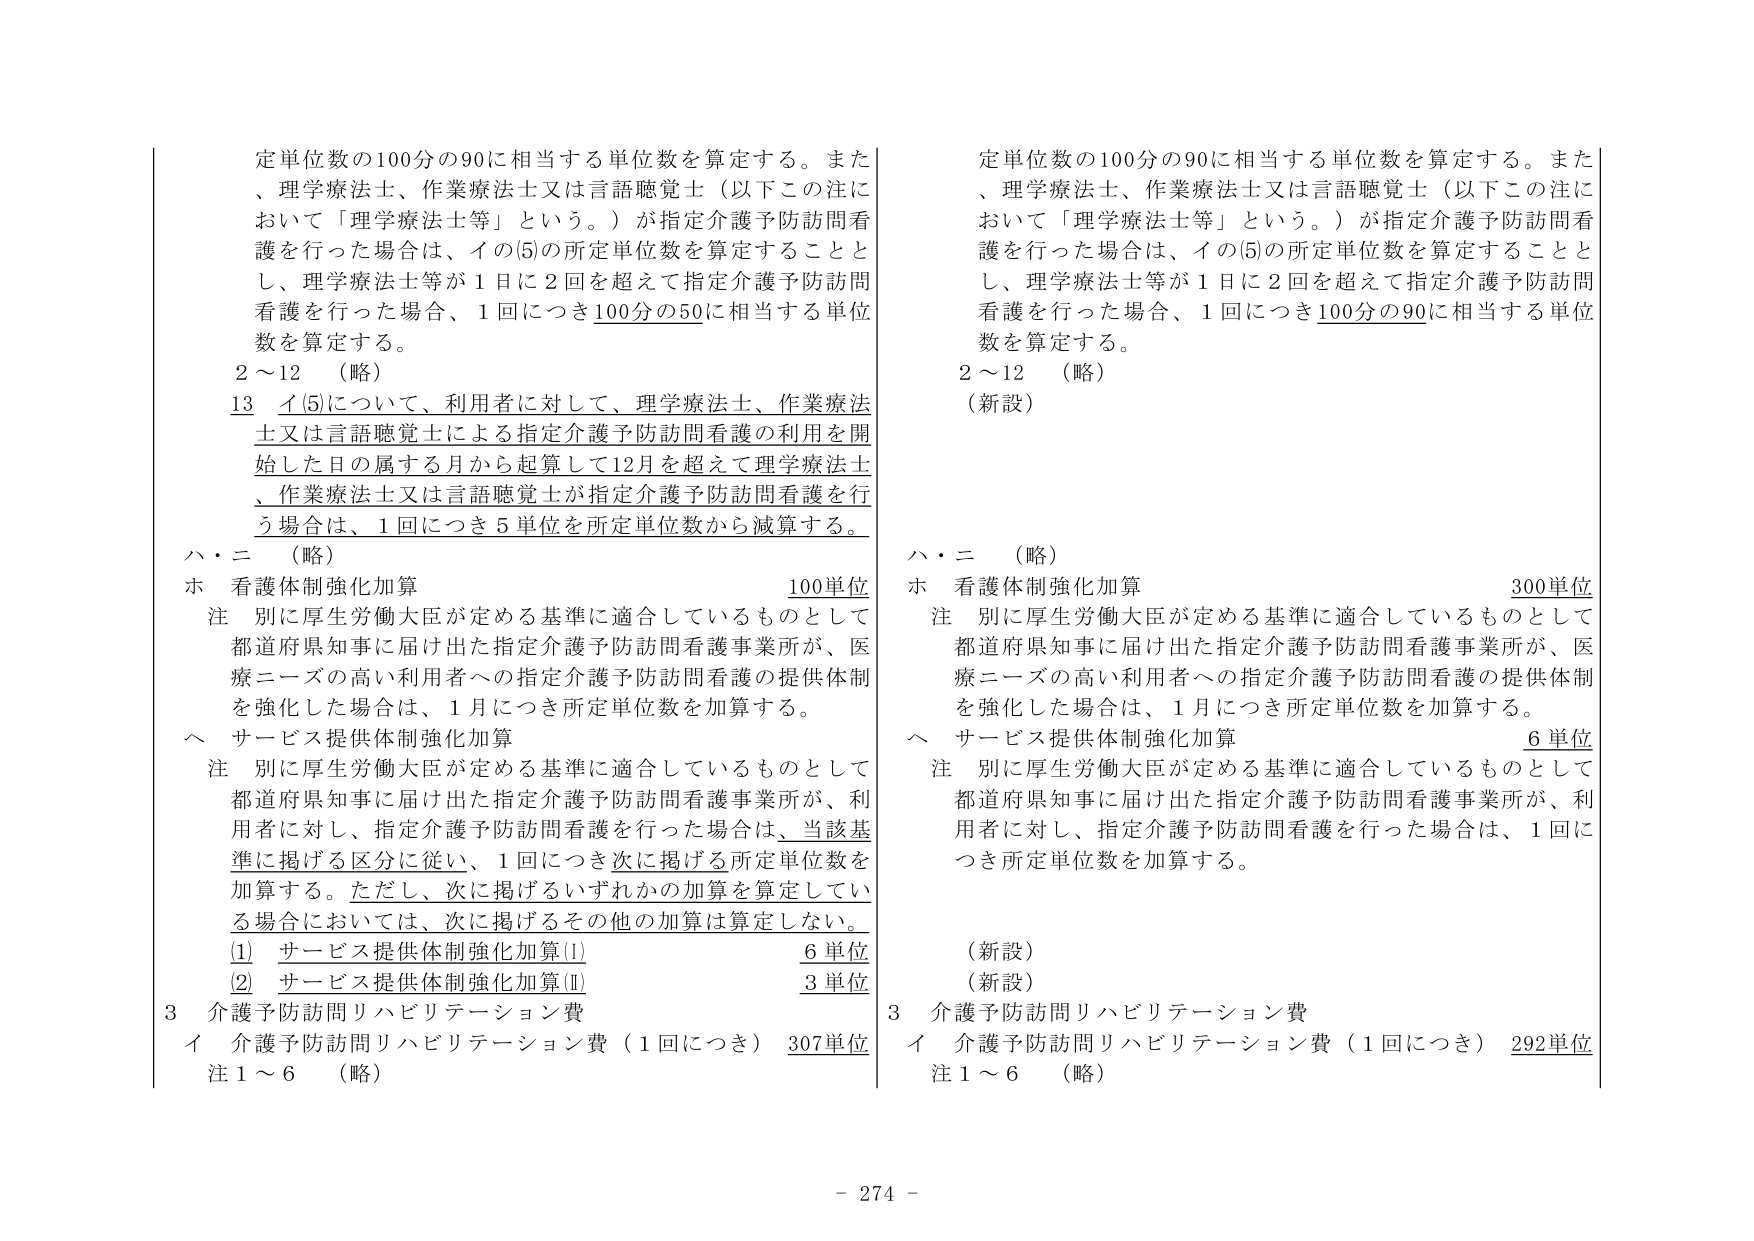
定単位数の100分の90に相当する単位数を算定する。また、理学療法士、作業療法士又は言語聴覚士（以下この注において「理学療法士等」という。）が指定介護予防訪問看護を行った場合は、イの(5)の所定単位数を算定することとし、理学療法士等が1日に2回を超えて指定介護予防訪問看護を行った場合、1回につき100分の50に相当する単位数を算定する。

2～12 （略）

13 イ(5)について、利用者に対して、理学療法士、作業療法士又は言語聴覚士による指定介護予防訪問看護の利用を開始した日の属する月から起算して12月を超えて理学療法士、作業療法士又は言語聴覚士が指定介護予防訪問看護を行う場合は、1回につき5単位を所定単位数から減算する。

ハ・ニ （略）

ホ 看護体制強化加算 100単位

注 別に厚生労働大臣が定める基準に適合しているものとして都道府県知事に届け出た指定介護予防訪問看護事業所が、医療ニーズの高い利用者への指定介護予防訪問看護の提供体制を強化した場合は、1月につき所定単位数を加算する。

ヘ サービス提供体制強化加算

注 別に厚生労働大臣が定める基準に適合しているものとして都道府県知事に届け出た指定介護予防訪問看護事業所が、利用者に対し、指定介護予防訪問看護を行った場合は、当該基準に掲げる区分に従い、1回につき次に掲げる所定単位数を加算する。ただし、次に掲げるいずれかの加算を算定している場合においては、次に掲げるその他の加算は算定しない。

(1) サービス提供体制強化加算(I) 6単位

(2) サービス提供体制強化加算(II) 3単位

3 介護予防訪問リハビリテーション費

イ 介護予防訪問リハビリテーション費（1回につき） 307単位

注 1～6 （略）

定単位数の100分の90に相当する単位数を算定する。また、理学療法士、作業療法士又は言語聴覚士（以下この注において「理学療法士等」という。）が指定介護予防訪問看護を行った場合は、イの(5)の所定単位数を算定することとし、理学療法士等が1日に2回を超えて指定介護予防訪問看護を行った場合、1回につき100分の90に相当する単位数を算定する。

2～12 （略）

（新設）

ハ・ニ （略）

ホ 看護体制強化加算 300単位

注 別に厚生労働大臣が定める基準に適合しているものとして都道府県知事に届け出た指定介護予防訪問看護事業所が、医療ニーズの高い利用者への指定介護予防訪問看護の提供体制を強化した場合は、1月につき所定単位数を加算する。

ヘ サービス提供体制強化加算 6単位

注 別に厚生労働大臣が定める基準に適合しているものとして都道府県知事に届け出た指定介護予防訪問看護事業所が、利用者に対し、指定介護予防訪問看護を行った場合は、1回につき所定単位数を加算する。

（新設）

（新設）

3 介護予防訪問リハビリテーション費

イ 介護予防訪問リハビリテーション費（1回につき） 292単位

注 1～6 （略）

- 274 -